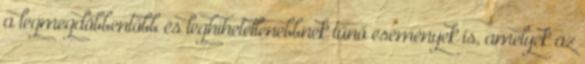
a legmegdöbbentőbb és leghihetetlenebbnek tűnő események is, amelyek az